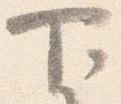
下